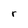
Character: r